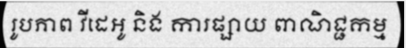
រូបភាព វីដេអូ និង ការផ្សាយ ពាណិជ្ជកម្ម